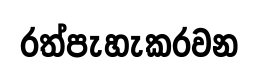
රත්පැහැකරවන